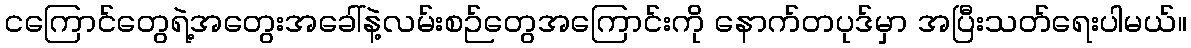
ငကြောင်တွေရဲ့အတွေးအခေါ်နဲ့လမ်းစဉ်တွေအကြောင်းကို နောက်တပုဒ်မှာ အပြီးသတ်ရေးပါမယ်။